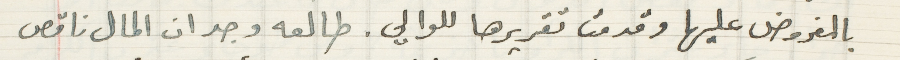
بالمفروض عليها وقدمت تقريرها للوالي. طالعه وجد ان المال ناقص